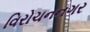
વિરોચનનગર